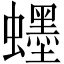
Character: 䘃